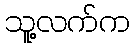
သူ့လက်က